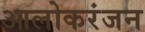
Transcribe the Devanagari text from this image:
आलोकरंजन